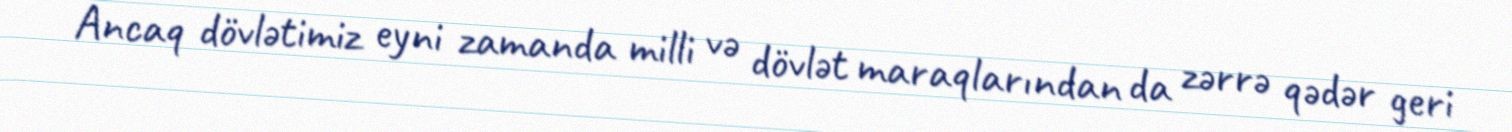
Ancaq dövlətimiz eyni zamanda milli və dövlət maraqlarından da zərrə qədər geri